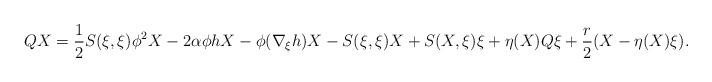
LaTeX: \begin{align*}QX=\frac{1}{2}S(\xi ,\xi )\phi ^{2}X-2\alpha \phi hX-\phi (\nabla _{\xi}h)X-S(\xi ,\xi )X+S(X,\xi )\xi +\eta (X)Q\xi +\frac{r}{2}(X-\eta (X)\xi ).\end{align*}